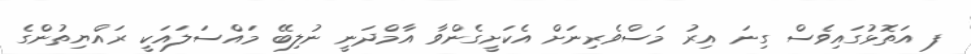
ފ އަތޮޅުގައިވެސް ގިނަ އިރު މަސްވެރިނަށް އެކަށީގެންވާ އާމްދަނީ ނުލިބޭ މައްސަލައަކީ ރައްޔިތުންގެ